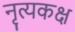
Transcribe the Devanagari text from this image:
नृत्यकक्ष